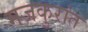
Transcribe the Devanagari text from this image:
मजकुरांत